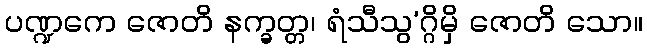
ပဏ္ဍကေ ဇောတိ နက္ခတ္တ၊ ရံသီသွ’ဂ္ဂိမှိ ဇောတိ သော။